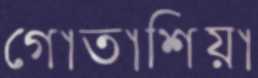
গোতাশিয়া